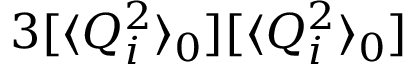
3 [ \langle Q _ { i } ^ { 2 } \rangle _ { 0 } ] [ \langle Q _ { i } ^ { 2 } \rangle _ { 0 } ]